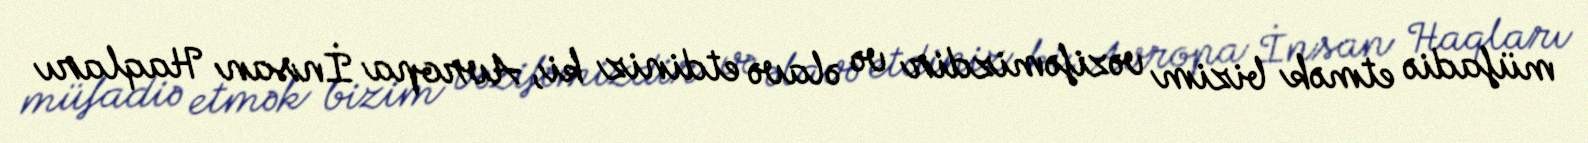
müfadiə etmək bizim vəzifəmizdir və əlavə etdiniz ki, Avropa İnsan Haqları